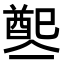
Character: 𨡡